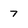
Character: 7